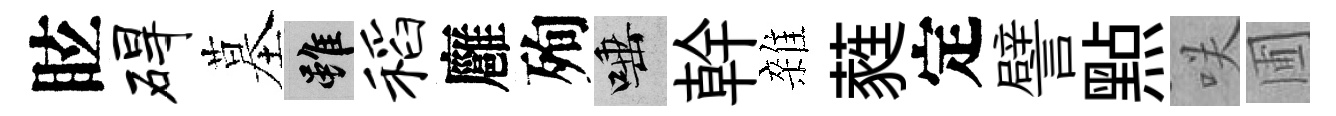
眩碍墓雖稻廱殉唾幹雜蕤定譬㸃咲圃